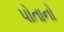
પોતાનો